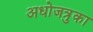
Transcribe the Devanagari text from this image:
अधोजत्रुका